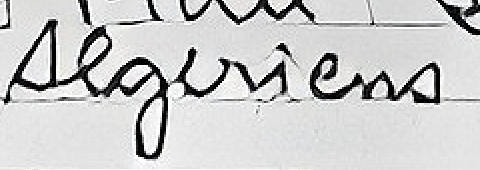
Algeriens